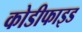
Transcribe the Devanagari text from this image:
कोडीफाइड